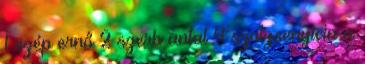
1 szép ernő 2 szerb antal 4 szolzsenyicin a